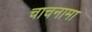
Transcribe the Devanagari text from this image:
चाचनामा